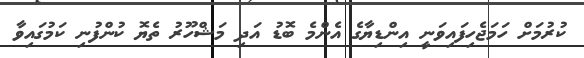
ކުރުމަށް ހަމަޖެހިފައިވަނީ އިންޑިޔާގެ އެންމެ ބޮޑު އަދި މަޝްހޫރު ތެޔޮ ކުންފުނި ކަމުގައިވާ